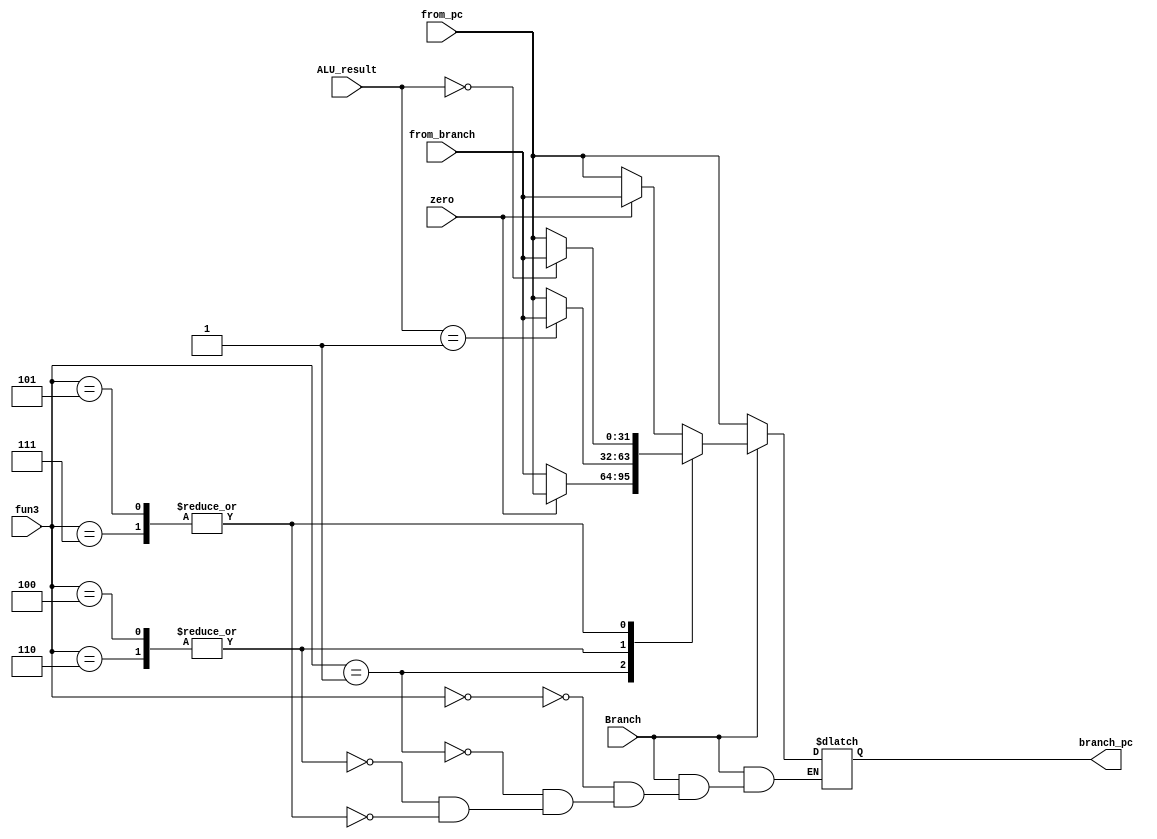
`timescale 1ns / 1ps
//////////////////////////////////////////////////////////////////////////////////
// Company: 
// Engineer: 
// 
// Design Name: 
// Module Name: MUX3
// Project Name: 
// Target Devices: 
// Tool Versions: 
// Description: 
// 
// Dependencies: 
// 
// Revision:
// Revision 0.01 - File Created
// Additional Comments:
// 
//////////////////////////////////////////////////////////////////////////////////


module MUX3(
    input Branch,
    input zero,
    input [31:0] ALU_result,
    input [2:0]  fun3,
    input [31:0] from_pc,
    input [31:0] from_branch,

    output[31:0] branch_pc
    );

reg [31:0] temp;
assign branch_pc=temp;

    always @(*)begin
        case(Branch)
            1'b0:temp=from_pc;
            1'b1:
                begin
                    case(fun3)

                        3'd0://beq
                            begin
                                if(zero==1'b1)temp=from_branch;
                                else temp=from_pc;
                            end

                        3'd1://bne
                            begin
                                if(zero==1'b0)temp=from_branch;
                                else temp=from_pc;
                            end

                        3'd4,3'd6://blt,bltu
                            begin
                                if(ALU_result==1'b1)temp=from_branch;
                                else temp=from_pc;
                            end

                        3'd5,3'd7://bge,bgtu
                            begin
                                if(ALU_result==1'b0)temp=from_branch;
                                else temp=from_pc;
                            end

                    endcase
                end
        endcase
    end
endmodule